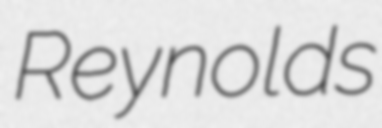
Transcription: Reynolds